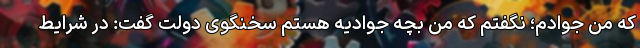
که من جوادم؛ نگفتم که من بچه جوادیه هستم سخنگوی دولت گفت: در شرایط